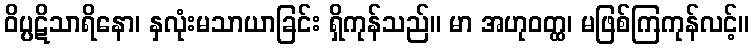
ဝိပ္ပဋိသာရိနော၊ နှလုံးမသာယာခြင်း ရှိကုန်သည်။ မာ အဟုဝတ္ထ၊ မဖြစ်ကြကုန်လင့်။